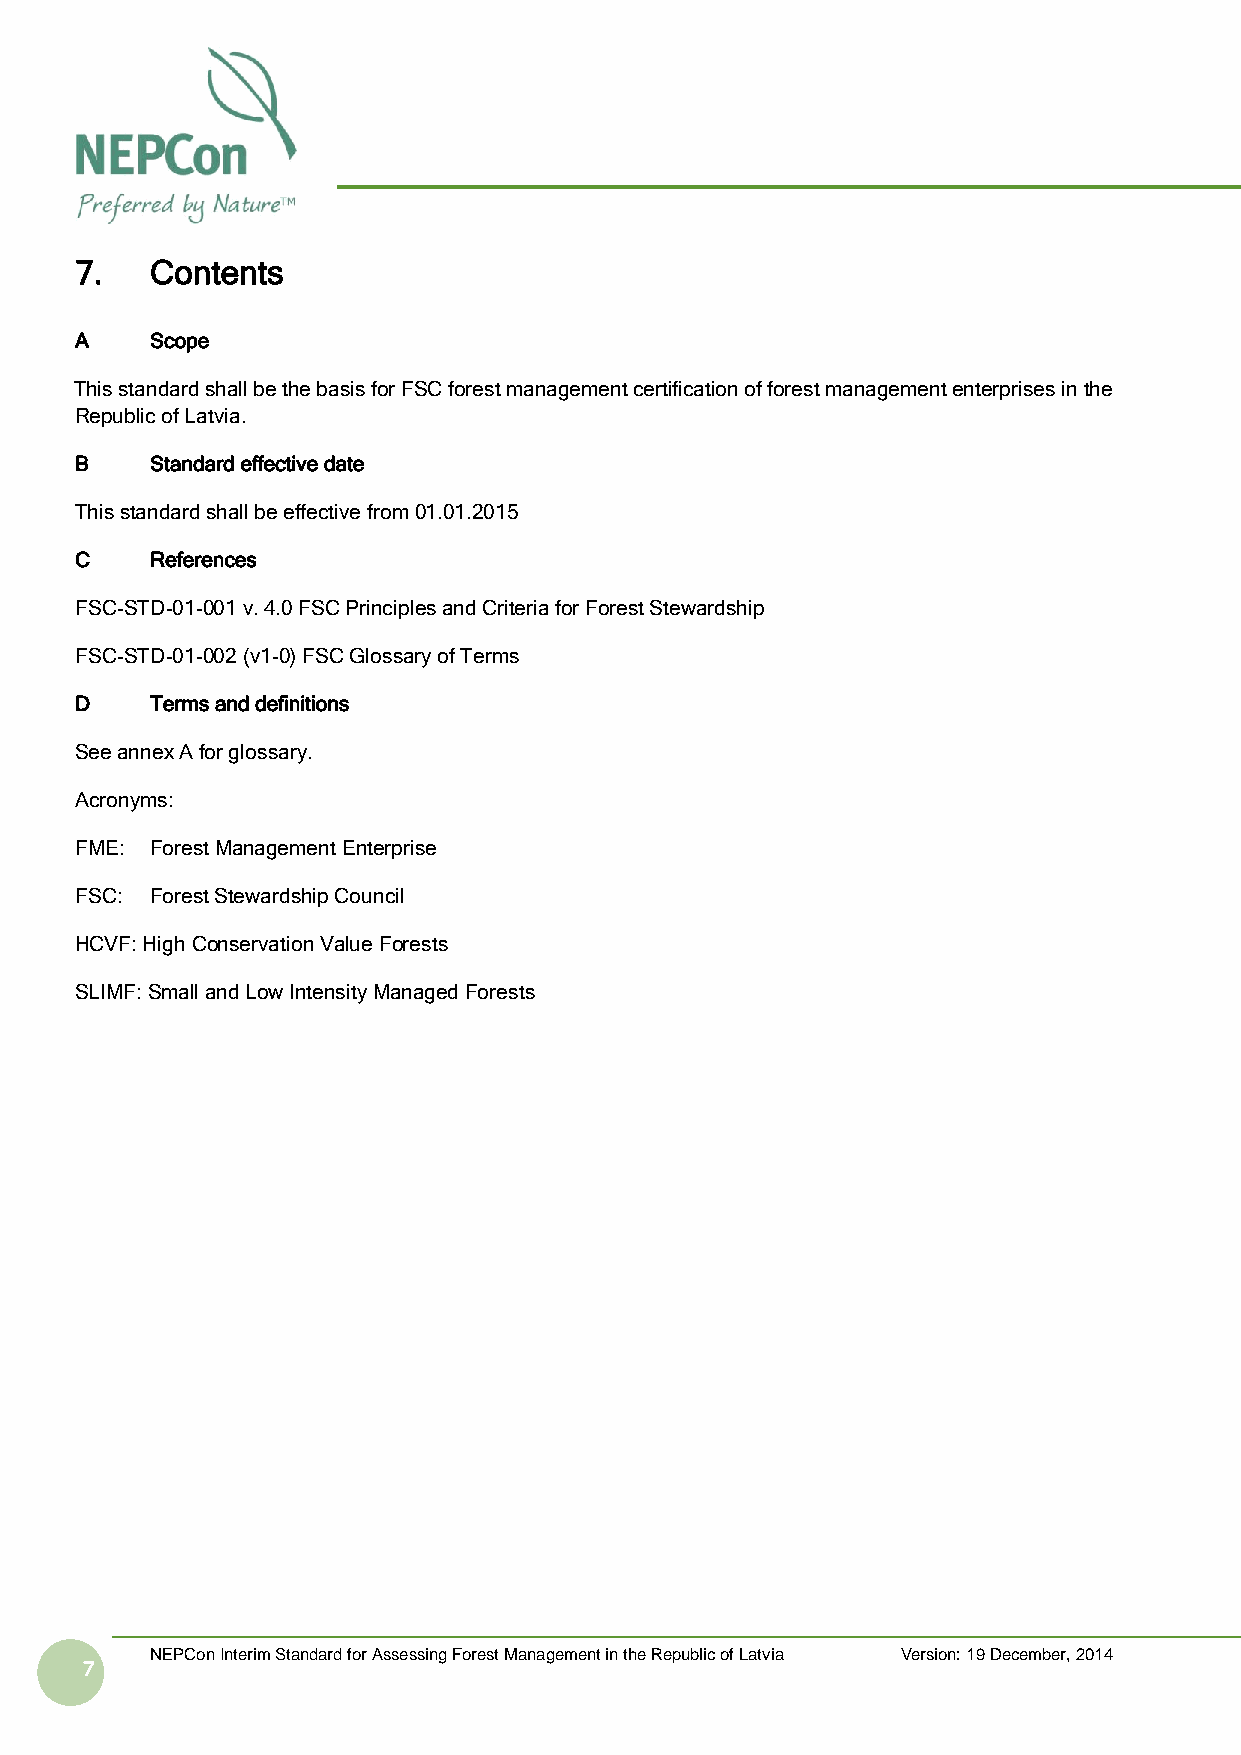
7.   Contents
 A    Scope
 This standard shall be the basis for FSC forest management certification of forest management enterprises in the
 Republic of Latvia.
 B    Standard effective date
 This standard shall be effective from 01.01.2015
 C    References
 FSC-STD-01-001 v. 4.0 FSC Principles and Criteria for Forest Stewardship
 FSC-STD-01-002 (v1-0) FSC Glossary of Terms
 D    Terms and definitions
 See annex A for glossary.
 Acronyms:
 FME: Forest Management Enterprise
 FSC: Forest Stewardship Council
 HCVF: High Conservation Value Forests
 SLIMF: Small and Low Intensity Managed Forests
 NEPCon Interim Standard for Assessing Forest Management in the Republic of Latvia Version: 19 December, 2014
 7